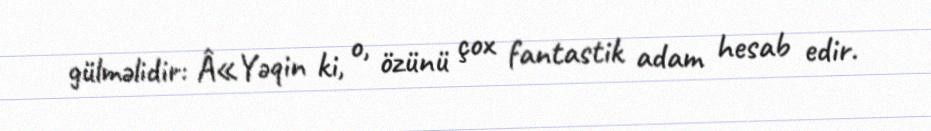
gülməlidir: Â«Yəqin ki, o, özünü çox fantastik adam hesab edir.